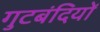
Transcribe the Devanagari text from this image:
गुटबंदियों